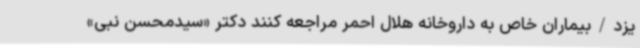
یزد/بیماران خاص به داروخانه هلال احمر مراجعه کنند دکتر «سیدمحسن نبی»